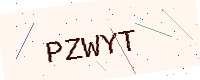
Text: PZWYT